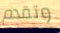
وتقدم